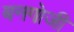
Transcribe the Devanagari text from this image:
बनगोजी